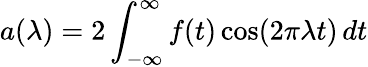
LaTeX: a(\lambda)=2\int_{-\infty}^{\infty}f(t)\cos(2\pi\lambda t)\, dt